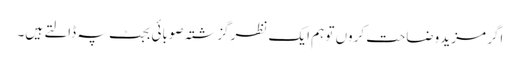
اگر مزید وضاحت کروں تو ہم ایک نظر گزشتہ صوبائی بجٹ پہ ڈالتے ہیں۔